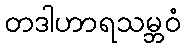
တဒါဟာရသမ္ဘဝံ